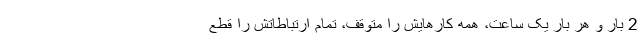
2 بار و هر بار یک ساعت، همه کارهایش را متوقف، تمام ارتباطاتش را قطع